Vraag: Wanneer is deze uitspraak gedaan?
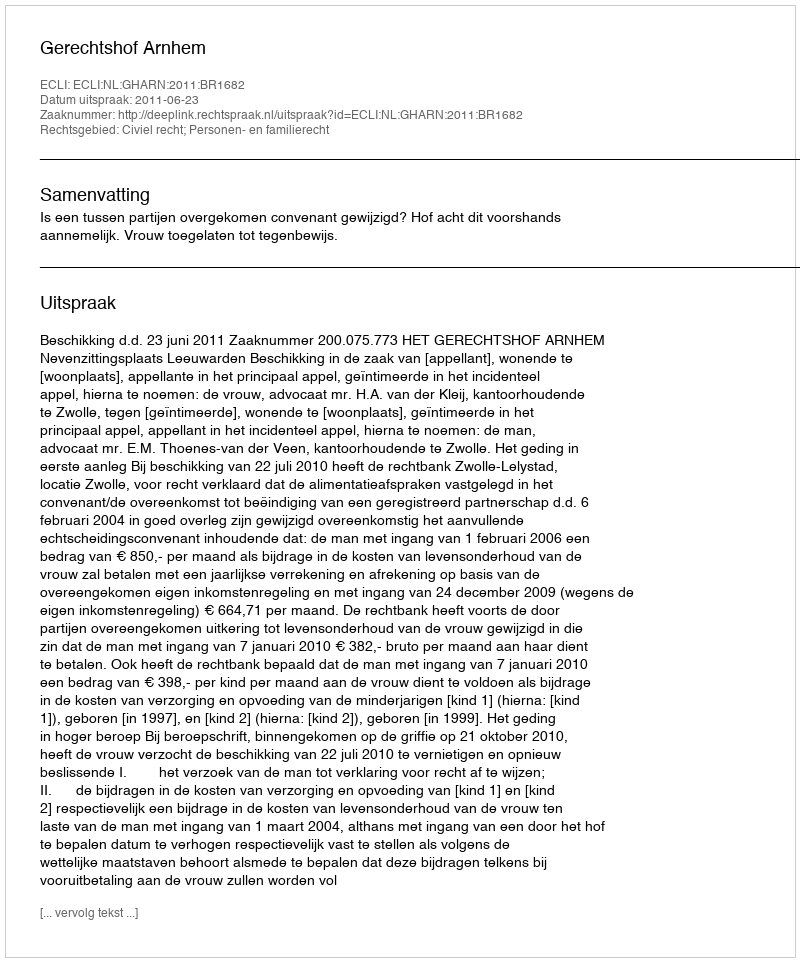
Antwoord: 2011-06-23